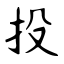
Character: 投